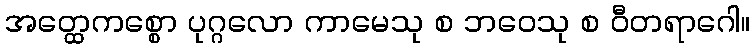
အတ္ထေကစ္စော ပုဂ္ဂလော ကာမေသု စ ဘဝေသု စ ဝီတရာဂေါ။